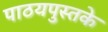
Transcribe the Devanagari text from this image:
पाठयपुस्तके